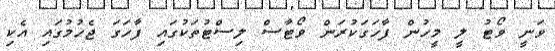
ވަނީ ވޯޓު ލީ މީހުން ފާހަގަކުރަން ވޯޓާސް ލިސްޓުތަކުގައި ފާހަގަ ޖެހުމުގައި އެކި